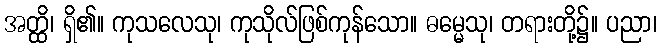
အတ္ထိ၊ ရှိ၏။ ကုသလေသု၊ ကုသိုလ်ဖြစ်ကုန်သော။ ဓမ္မေသု၊ တရားတို့၌။ ပညာ၊